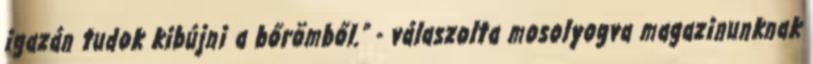
igazán tudok kibújni a bőrömből.” - válaszolta mosolyogva magazinunknak